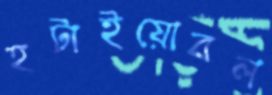
হটাইয়োবল